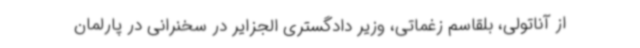
از آناتولی، بلقاسم زغماتی، وزیر دادگستری الجزایر در سخنرانی در پارلمان